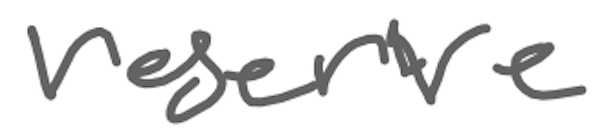
Text: reserve
Cross-out: clean
Writing tool: digital_gray